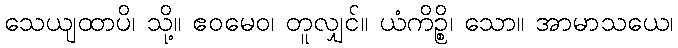
သေယျထာပိ၊ သို့။ ဧဝမေဝ၊ တူလျှင်။ ယံကိဉ္စိ၊ သော။ အာမာသယေ၊